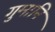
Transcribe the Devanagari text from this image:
गुमानि